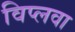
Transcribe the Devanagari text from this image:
विप्लवा